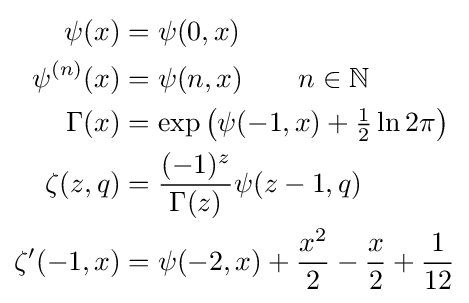
{\begin{aligned}\psi (x)&=\psi (0,x)\\\psi ^{(n)}(x)&=\psi (n,x)\qquad n\in \mathbb {N} \\\Gamma (x)&=\exp \left(\psi (-1,x)+{\tfrac {1}{2}}\ln 2\pi \right)\\\zeta (z,q)&={\frac {(-1)^{z}}{\Gamma (z)}}\psi (z-1,q)\\\zeta '(-1,x)&=\psi (-2,x)+{\frac {x^{2}}{2}}-{\frac {x}{2}}+{\frac {1}{12}}\\\end{aligned}}